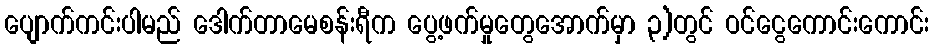
ပျောက်ကင်းပါမည် ဒေါက်တာမေစန်းရီက ပွေ့ဖက်မှုတွေအောက်မှာ ၃)တွင် ဝင်ငွေကောင်းကောင်း